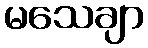
မသေချာ